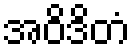
အဝိဒိတံ